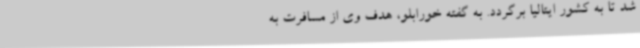
شد تا به کشور ایتالیا برگردد. به گفته خورابلو، هدف وی از مسافرت به